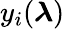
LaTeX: y_{i}(\boldsymbol{\lambda})